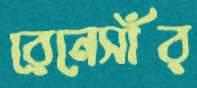
রেনেসাঁর